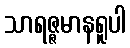
သာရဇ္ဇမာနရူပါ